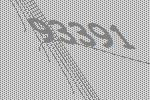
93391